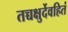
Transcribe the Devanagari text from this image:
तच्चक्षुर्देवहितं